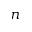
n